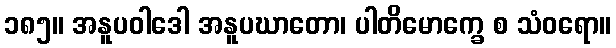
၁၈၅။ အနူပဝါဒေါ အနူပဃာတော၊ ပါတိမောက္ခေ စ သံဝရော။